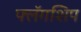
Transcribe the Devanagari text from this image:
फ्लॅगशिप